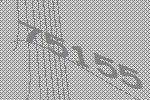
75155